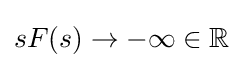
sF(s)\to -\infty \in \mathbb {R}